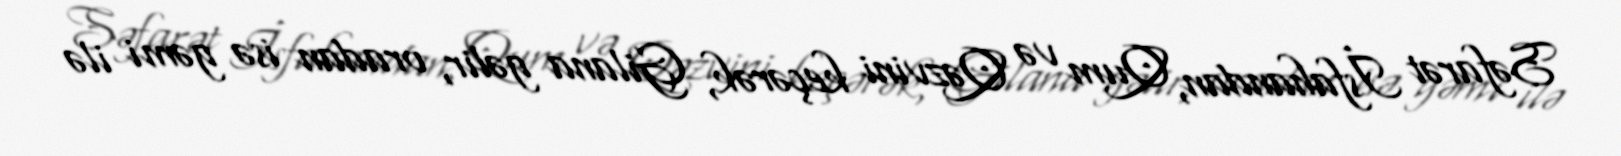
Səfarət İsfahandan, Qum və Qəzvini keçərək, Gilana gəlir, oradan isə gəmi ilə